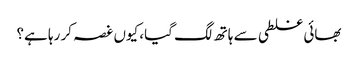
بھائی غلطی سے ہاتھ لگ گیا، کیوں غصہ کر رہا ہے؟